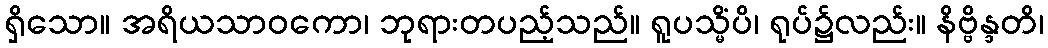
ရှိသော။ အရိယသာဝကော၊ ဘုရားတပည့်သည်။ ရူပသ္မိံပိ၊ ရုပ်၌လည်း။ နိဗ္ဗိန္ဒတိ၊